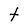
Character: t